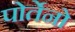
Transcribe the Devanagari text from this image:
पोर्तेनो